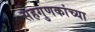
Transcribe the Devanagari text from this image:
सहगुणकांच्या